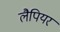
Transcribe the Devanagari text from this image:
लैपियर